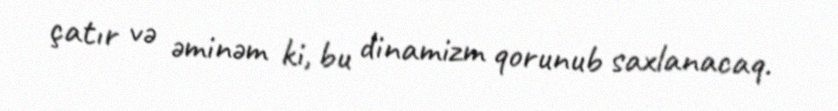
çatır və əminəm ki, bu dinamizm qorunub saxlanacaq.